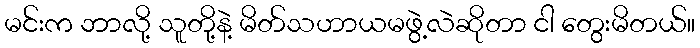
မင်းက ဘာလို့ သူတို့နဲ့ မိတ်သဟာယမဖွဲ့လဲဆိုတာ ငါ တွေးမိတယ်။